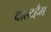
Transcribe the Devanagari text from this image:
वाल्टहैम